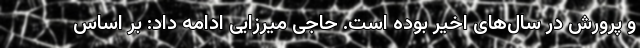
و پرورش در سال‌های اخیر بوده است. حاجی میرزایی ادامه داد: بر اساس